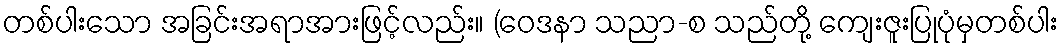
တစ်ပါးသော အခြင်းအရာအားဖြင့်လည်း။ (ဝေဒနာ သညာ-စ သည်တို့ ကျေးဇူးပြုပုံမှတစ်ပါး